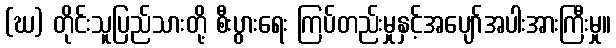
(ဃ) တိုင်းသူပြည်သားတို့ စီးပွားရေး ကြပ်တည်းမှုနှင့်အပျော်အပါးအားကြီးမှု။